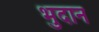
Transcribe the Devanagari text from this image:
भुदान